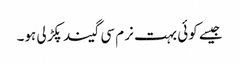
جیسے کوئی بہت نرم سی گیند پکڑ لی ہو۔